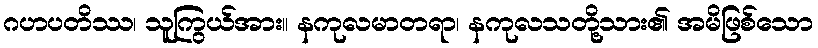
ဂဟပတိဿ၊ သူကြွယ်အား။ နကုလမာတရာ၊ နကုလသတို့သား၏ အမိဖြစ်သော